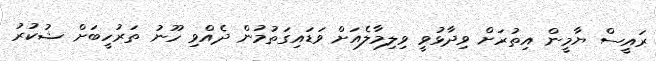
ރައީސް ޔާމީން އިތުރަށް ވިދާޅުވީ ވިލިމާލެއަށް ވަޑައިގަތުމުން ދެއްވި ހޫނު ތަރުހީބަށް ޝުކުރު